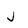
Character: j